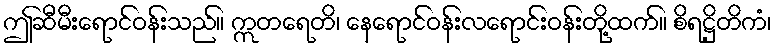
ဤဆီမီးရောင်ဝန်းသည်။ ဣတရေတိ၊ နေရောင်ဝန်းလရောင်းဝန်းတို့ထက်။ စိရဋ္ဌိတိကံ၊